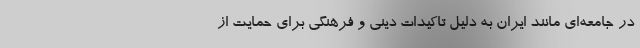
در جامعه‌ای مانند ایران به دلیل تاکیدات دینی و فرهنگی برای حمایت از